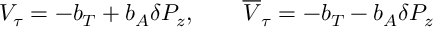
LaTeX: V _ { \tau } = - b _ { T } + b _ { A } \delta P _ { z } , \qquad \overline { { { V } } } _ { \tau } = - b _ { T } - b _ { A } \delta P _ { z }